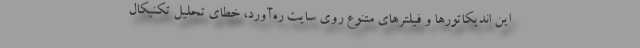
این اندیکاتورها و فیلترهای متنوع روی سایت ره‌آورد، خطای تحلیل تکنیکال